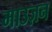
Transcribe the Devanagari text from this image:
माउज़न